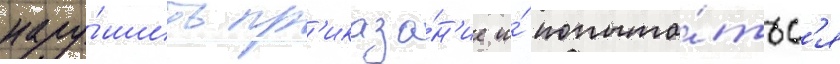
нару́шить пр'иказа́н'ие и́ попыта́тьс'я